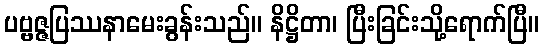
ပဗ္ဗဇ္ဇပြဿနာမေးခွန်းသည်။ နိဋ္ဌိတာ၊ ပြီးခြင်းသို့ရောက်ပြီ။